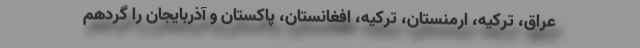
عراق، ترکیه، ارمنستان، ترکیه، افغانستان، پاکستان و آذربایجان را گردهم